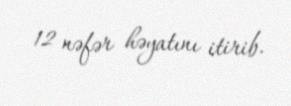
12 nəfər həyatını itirib.